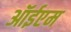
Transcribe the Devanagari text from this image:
ऑईएम